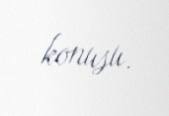
konusu.